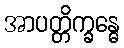
အာပတ္တိက္ခန္ဓေ